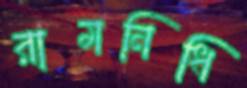
রামনিধি